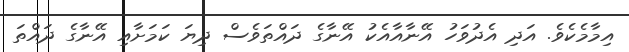
އިމާމެކެވެ. އަދި އެދުވަހު އޭނާއާއެކު އޭނާގެ ދައްތަވެސް ދިޔަ ކަމަށާއި އޭނާގެ ދައްތަ